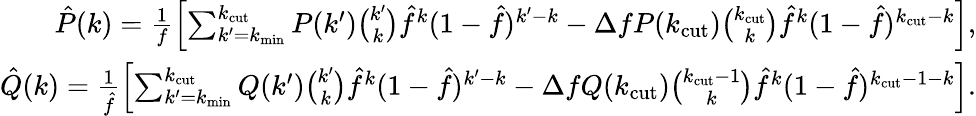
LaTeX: \begin{array}{r}{\hat{P}(k)=\frac{1}{f}\left[\sum_{k^{\prime}=k_{\mathrm{min}}}^{k_{\mathrm{cut}}}P(k^{\prime})\binom{k^{\prime}}{k}\hat{f}^{k}(1-\hat{f})^{k^{\prime}-k}-\Delta fP(k_{\mathrm{cut}})\binom{k_{\mathrm{cut}}}{k}\hat{f}^{k}(1-\hat{f})^{k_{\mathrm{cut}}-k}\right],}\\ {\hat{Q}(k)=\frac{1}{\hat{f}}\left[\sum_{k^{\prime}=k_{\mathrm{min}}}^{k_{\mathrm{cut}}}Q(k^{\prime})\binom{k^{\prime}}{k}\hat{f}^{k}(1-\hat{f})^{k^{\prime}-k}-\Delta fQ(k_{\mathrm{cut}})\binom{k_{\mathrm{cut}}-1}{k}\hat{f}^{k}(1-\hat{f})^{k_{\mathrm{cut}}-1-k}\right].}\end{array}